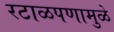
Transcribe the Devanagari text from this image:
रटाळपणामुळे